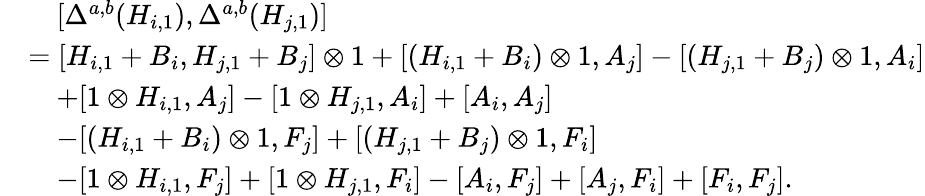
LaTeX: \begin{array}{rl}&{\quad[\Delta^{a,b}(H_{i,1}),\Delta^{a,b}(H_{j,1})]}\\ &{=[H_{i,1}+B_{i},H_{j,1}+B_{j}]\otimes 1+[(H_{i,1}+B_{i})\otimes 1,A_{j}]-[(H_{j,1}+B_{j})\otimes 1,A_{i}]}\\ &{\quad+[1\otimes H_{i,1},A_{j}]-[1\otimes H_{j,1},A_{i}]+[A_{i},A_{j}]}\\ &{\quad-[(H_{i,1}+B_{i})\otimes 1,F_{j}]+[(H_{j,1}+B_{j})\otimes 1,F_{i}]}\\ &{\quad-[1\otimes H_{i,1},F_{j}]+[1\otimes H_{j,1},F_{i}]-[A_{i},F_{j}]+[A_{j},F_{i}]+[F_{i},F_{j}].}\end{array}